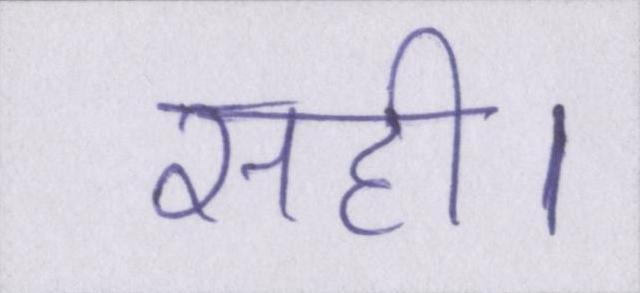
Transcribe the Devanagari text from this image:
सही।